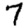
Digit: 7